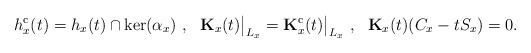
LaTeX: \begin{align*}h_x^{\rm c}(t) = h_x(t)\cap {\rm ker}(\alpha_x)~,~~{\bf K}_x(t)\big|_{L_x} = {\bf K}_x^{\rm c}(t)\big|_{L_x}~,~~{\bf K}_x(t)(C_x-tS_x) = 0.\end{align*}